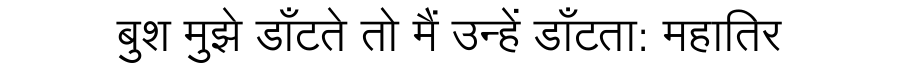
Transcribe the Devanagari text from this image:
बुश मुझे डाँटते तो मैं उन्हें डाँटता: महातिर